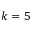
k = 5